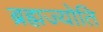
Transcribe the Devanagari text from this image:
ब्रह्मज्योति